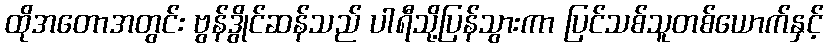
ထိုအတောအတွင်း ဗွန်ဒွိုင်ဆန်သည် ပါရီသို့ပြန်သွားကာ ပြင်သစ်သူတစ်ယောက်နှင့်